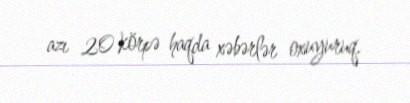
azı 20 körpə haqda xəbərlər oxuyuruq.